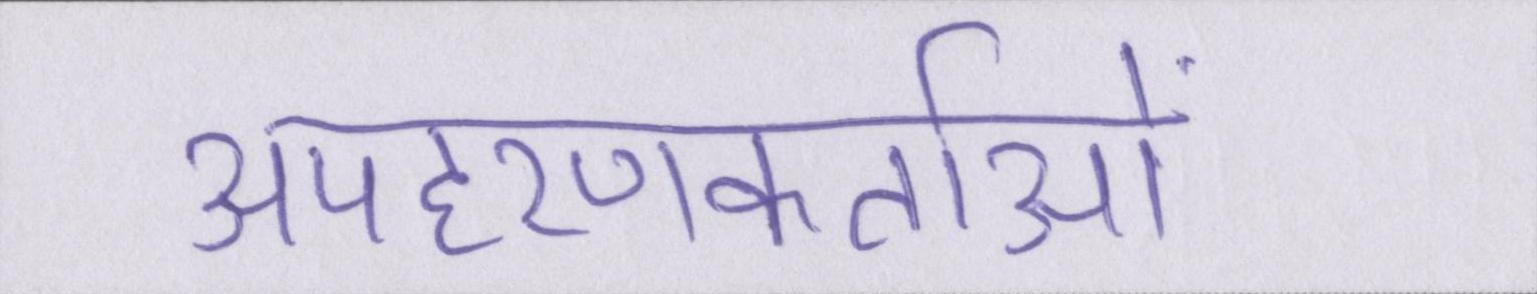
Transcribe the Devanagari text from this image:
अपहरणकर्ताओं